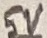
Text: 5V